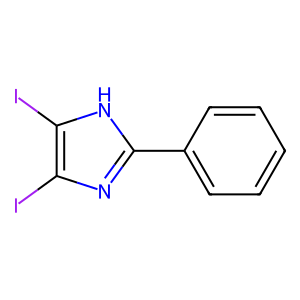
SMILES: Ic1nc(-c2ccccc2)[nH]c1I
Inhibits HIV replication: No